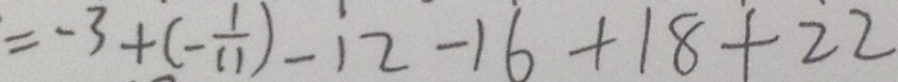
= - 3 + ( - \frac { 1 } { 1 1 } ) - 1 2 - 1 6 + 1 8 + 2 2